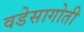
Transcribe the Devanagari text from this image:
वडेसागोती